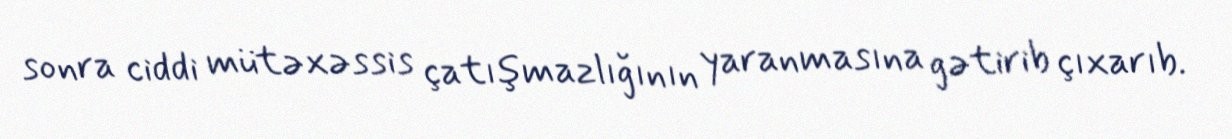
sonra ciddi mütəxəssis çatışmazlığının yaranmasına gətirib çıxarıb.